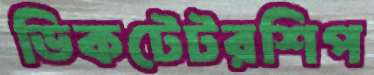
ডিকটেটরশিপ